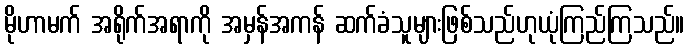
မိုဟာမက် အရိုက်အရာကို အမှန်အကန် ဆက်ခံသူများဖြစ်သည်ဟုယုံကြည်ကြသည်။